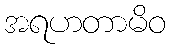
အရဟတာမိဝ